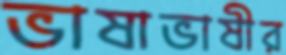
ভাষাভাষীর